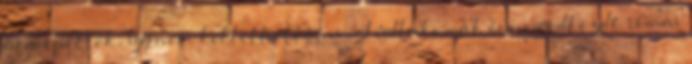
ünnepelték, így nem kellett eltérni a lúdlakomák évnegyedkezdő római